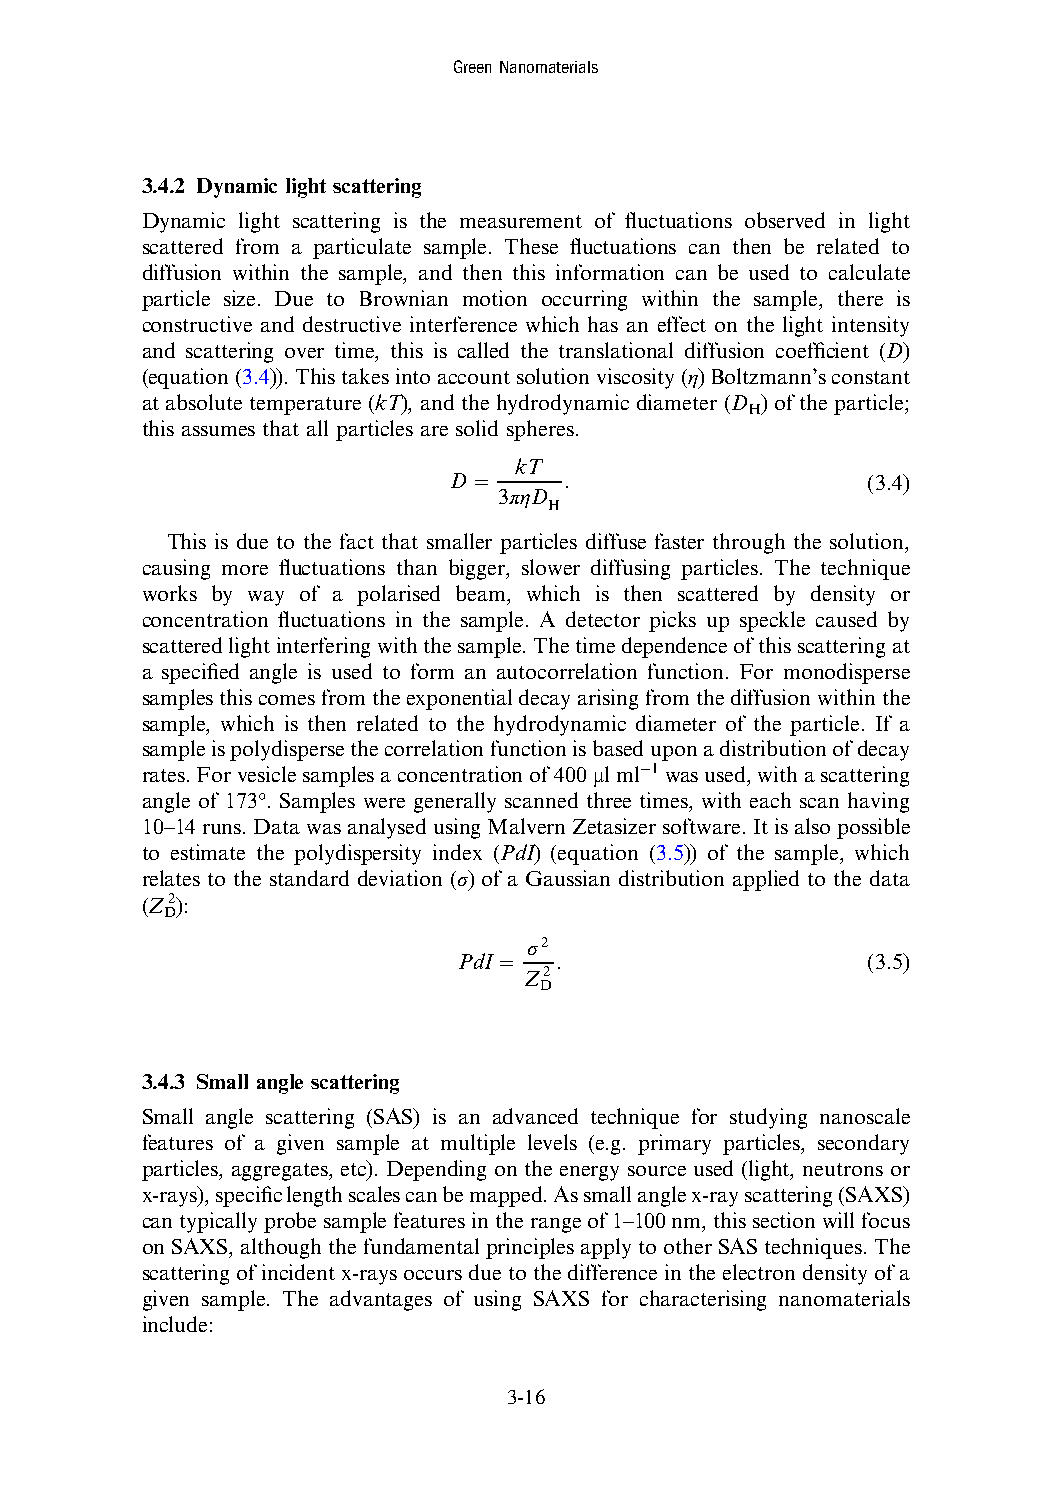
GreenNanomaterials
 3.4.2 Dynamic light scattering
 Dynamic light scattering is the measurement of fluctuations observed in light
 scattered from a particulate sample. These fluctuations can then be related to
 diffusion within the sample, and then this information can be used to calculate
 particle size. Due to Brownian motion occurring within the sample, there is
 constructive and destructive interference which has an effect on the light intensity
 and scattering over time, this is called the translational diffusion coefficient (D)
 (equation(3.4)).Thistakesintoaccountsolutionviscosity(η)Boltzmann’sconstant
 at absolute temperature (kT), and the hydrodynamic diameter (D ) of the particle;
 H
 this assumes that all particles are solid spheres.
 kT
 D =    .                   (3.4)
 3πηD
 H
 This is due to the fact that smaller particles diffuse faster through the solution,
 causing more fluctuations than bigger, slower diffusing particles. The technique
 works by way of a polarised beam, which is then scattered by density or
 concentration fluctuations in the sample. A detector picks up speckle caused by
 scatteredlightinterferingwiththesample.Thetimedependenceofthisscatteringat
 a specified angle is used to form an autocorrelation function. For monodisperse
 samplesthiscomesfromtheexponentialdecayarisingfromthediffusionwithinthe
 sample, which is then related to the hydrodynamic diameter of the particle. If a
 sampleispolydispersethecorrelationfunctionisbaseduponadistributionofdecay
 rates.Forvesiclesamplesaconcentrationof400μlml−1wasused,withascattering
 angle of 173°. Samples were generally scanned three times, with each scan having
 10–14runs.DatawasanalysedusingMalvernZetasizersoftware.Itisalsopossible
 to estimate the polydispersity index (PdI) (equation (3.5)) of the sample, which
 relates to the standard deviation (σ) of a Gaussian distribution applied to the data
 (Z2):
 D
 σ2
 PdI =  .                   (3.5)
 Z2
 D
 3.4.3 Small angle scattering
 Small angle scattering (SAS) is an advanced technique for studying nanoscale
 features of a given sample at multiple levels (e.g. primary particles, secondary
 particles, aggregates, etc). Depending on the energy source used (light, neutrons or
 x-rays),specificlengthscalescanbemapped.Assmallanglex-rayscattering(SAXS)
 cantypicallyprobesamplefeaturesintherangeof1–100nm,thissectionwillfocus
 on SAXS,although the fundamentalprinciples apply toother SAS techniques. The
 scattering ofincident x-raysoccurs duetothe difference inthe electron density ofa
 given sample. The advantages of using SAXS for characterising nanomaterials
 include:
 3-16